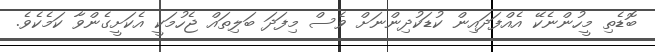
ބޮޑެތި މީހުންނެކޭ އެއްފަދައިން ކުޑަކުދިންނަށް ވެސް މިފަދަ ބަލިތައް ޖެހުމަކީ އެކަށީގެންވާ ކަމެކެވެ.